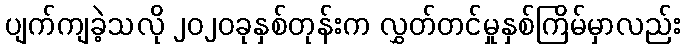
ပျက်ကျခဲ့သလို ၂၀၂၀ခုနှစ်တုန်းက လွှတ်တင်မှုနှစ်ကြိမ်မှာလည်း